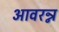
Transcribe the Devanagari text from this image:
आवरन्न